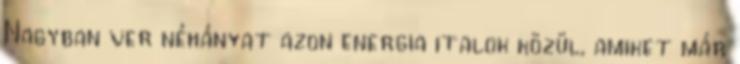
Nagyban ver néhányat azon energia italok közül, amiket már